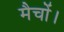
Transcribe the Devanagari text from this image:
मैचों।